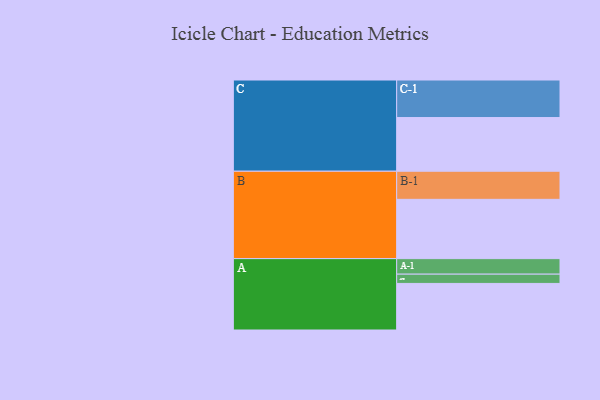
{"axis": {"x": "Segment", "y": "Value"}, "legend": ["", "A", "B", "C"], "data": [{"x": "A", "y": 366, "type": ""}, {"x": "B", "y": 466, "type": ""}, {"x": "C", "y": 422, "type": ""}, {"x": "A-1", "y": 122, "type": "A"}, {"x": "A-2", "y": 73, "type": "A"}, {"x": "B-1", "y": 221, "type": "B"}, {"x": "C-1", "y": 295, "type": "C"}]}